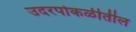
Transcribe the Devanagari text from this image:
उदरपोकळीतील